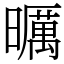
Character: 曞